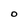
Character: O